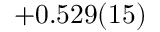
+ 0 . 5 2 9 ( 1 5 )